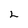
Character: 2